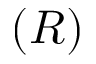
( R )